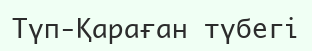
Түп-Қараған түбегі